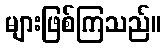
များဖြစ်ကြသည်။